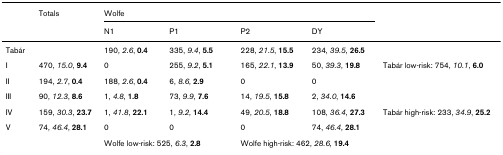
<table><thead><tr><td></td><td><b>Totals</b></td><td colspan="4"><b>Wolfe</b></td><td></td></tr><tr><td></td><td></td><td><b>N1</b></td><td><b>P1</b></td><td><b>P2</b></td><td><b>DY</b></td><td></td></tr></thead><tbody><tr><td>Tabár</td><td></td><td>190, <i>2.6</i>, <b>0.4</b></td><td>335, <i>9.4</i>, <b>5.5</b></td><td>228, <i>21.5</i>, <b>15.5</b></td><td>234, <i>39.5</i>, <b>26.5</b></td><td></td></tr><tr><td>I</td><td>470, <i>15.0</i>, <b>9.4</b></td><td>0</td><td>255, <i>9.2</i>, <b>5.1</b></td><td>165, <i>22.1</i>, <b>13.9</b></td><td>50, <i>39.3</i>, <b>19.8</b></td><td>Tabár low-risk: 754, <i>10.1</i>, <b>6.0</b></td></tr><tr><td>II</td><td>194, <i>2.7</i>, <b>0.4</b></td><td>188, <i>2.6</i>, <b>0.4</b></td><td>6, <i>8.6</i>, <b>2.9</b></td><td>0</td><td>0</td><td></td></tr><tr><td>III</td><td>90, <i>12.3</i>, <b>8.6</b></td><td>1, <i>4.8</i>, <b>1.8</b></td><td>73, <i>9.9</i>, <b>7.6</b></td><td>14, <i>19.5</i>, <b>15.8</b></td><td>2, <i>34.0</i>, <b>14.6</b></td><td></td></tr><tr><td>IV</td><td>159, <i>30.3</i>, <b>23.7</b></td><td>1, <i>41.8</i>, <b>22.1</b></td><td>1, <i>9.2</i>, <b>14.4</b></td><td>49, <i>20.5</i>, <b>18.8</b></td><td>108, <i>36.4</i>, <b>27.3</b></td><td>Tabár high-risk: 233, <i>34.9</i>, <b>25.2</b></td></tr><tr><td>V</td><td>74, <i>46.4</i>, <b>28.1</b></td><td>0</td><td>0</td><td>0</td><td>74, <i>46.4</i>, <b>28.1</b></td><td></td></tr><tr><td></td><td></td><td colspan="2">Wolfe low-risk: 525, <i>6.3</i>, <b>2.8</b></td><td colspan="2">Wolfe high-risk: 462, <i>28.6</i>, <b>19.4</b></td><td></td></tr></tbody></table>